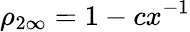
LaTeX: \rho_{2\infty}=1-cx^{-1}